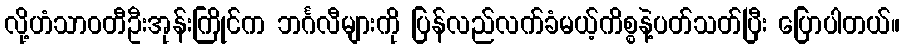
လို့ဟံသာဝတီဦးအုန်းကြိုင်က ဘင်္ဂလီများကို ပြန်လည်လက်ခံမယ့်ကိစ္စနဲ့ပတ်သတ်ပြီး ပြောပါတယ်။